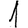
Digit: 1